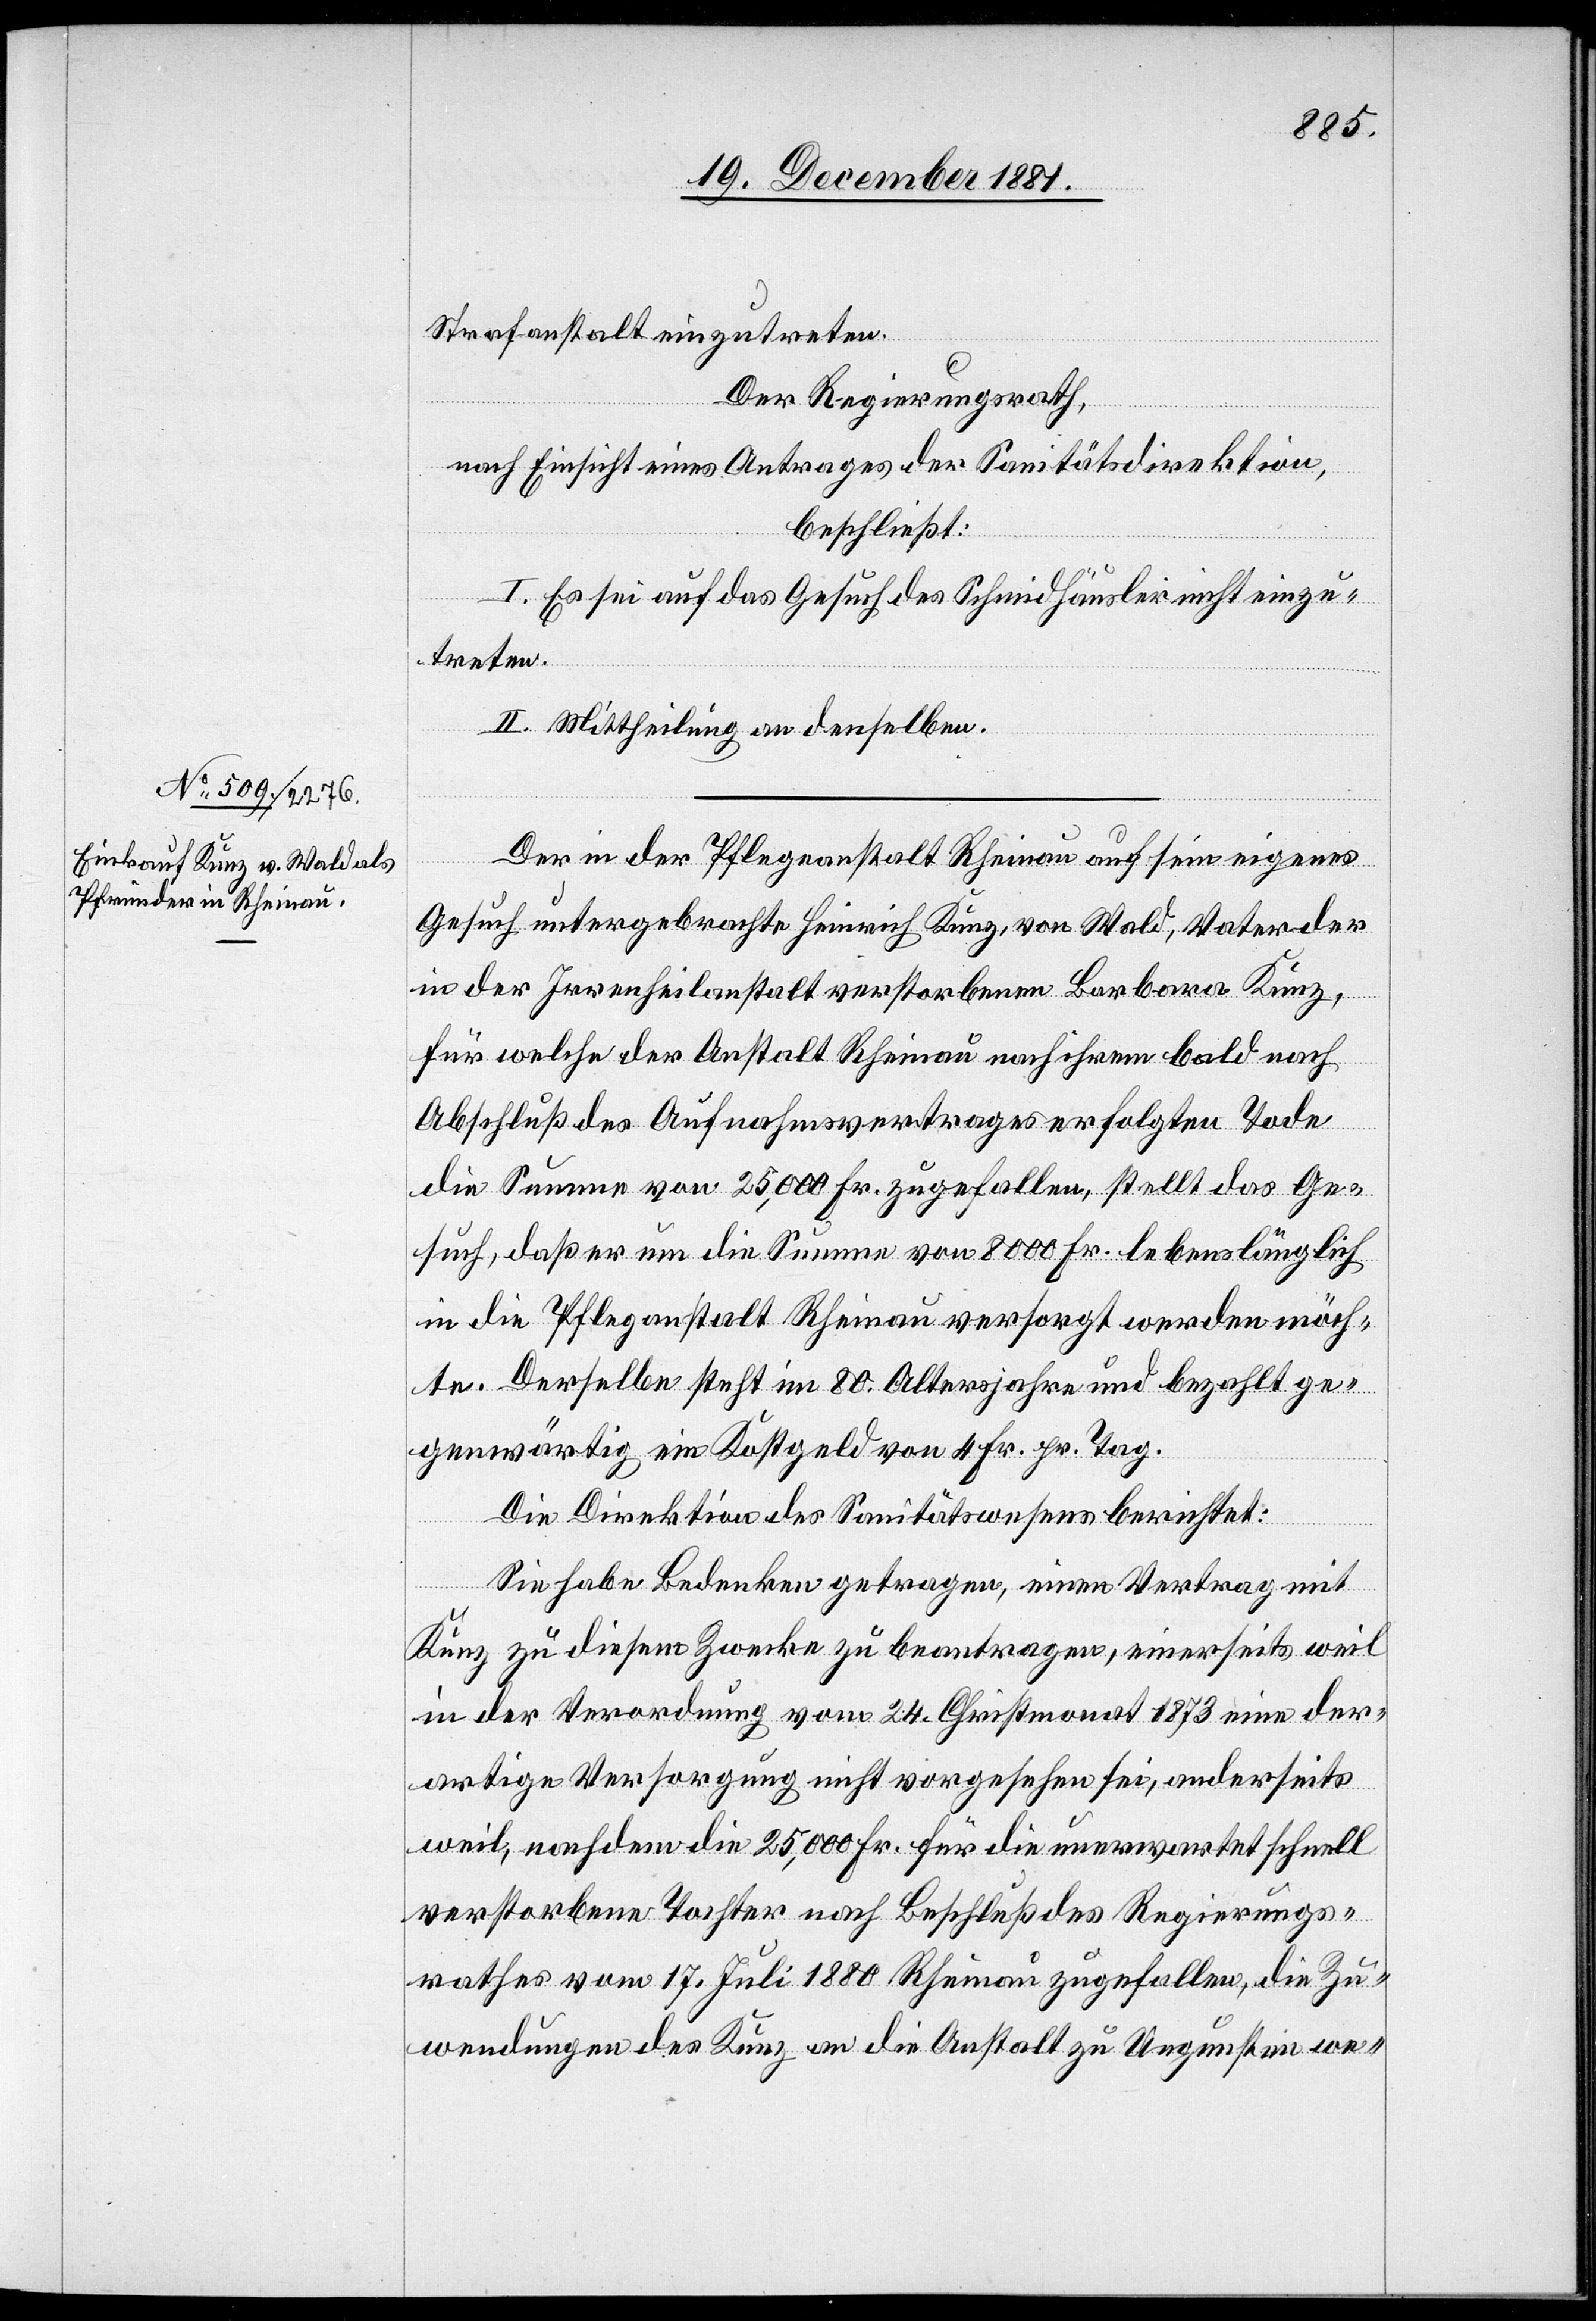
Strafanstalt einzutreten.
Der Regierungsrath,
nach Einsicht eines Antrages der Sanitätsdirektion,
beschließt:
I. Es sei auf das Gesuch des Schmidhäusler nicht einzu¬
treten.
II. Mittheilung an denselben.
Der in der Pflegeanstalt Rheinau auf sein eigenes
Gesuch untergebrachte Heinrich Kunz, von Wald, Vater der
in der Irrenheilanstalt verstorbenen Barbara Kunz,
für welche der Anstalt Rheinau nach ihrem bald nach
Abschluß des Aufnahmsvertrages erfolgten Tode
die Summe von 25,000 Fr. zugefallen, stellt das Ge¬
such, daß er um die Summe von 8000 Fr. lebenslänglich
in die Pfleganstalt Rheinau versorgt werden möch¬
te. Derselbe steht im 80. Altersjahr und bezahlt ge¬
genwärtig ein Kostgeld von 4 Fr. pr. Tag.
Die Direktion des Sanitätswesens berichtet:
Sie habe Bedenken getragen, einen Vertrag mit
Kunz zu diesem Zwecke zu beantragen, einerseits weil
in der Verordnung vom 24. Christmonat 1873 eine der¬
artige Versorgung nicht vorgesehen sei, anderseits
weil, nachdem die 25,000 Fr. für die unerwartet schnell
verstorbene Tochter nach Beschluß des Regierungs¬
rathes vom 17. Juli 1880 Rheinau zugefallen, die Zu¬
wendungen des Kunz an die Anstalt zu Ungunsten we-